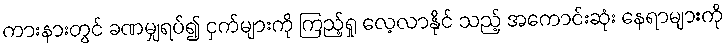
ကားနားတွင် ခဏမျှရပ်၍ ငှက်များကို ကြည့်ရှု လေ့လာနိုင် သည့် အကောင်းဆုံး နေရာများကို